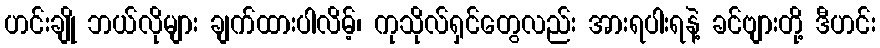
ဟင်းချို ဘယ်လိုများ ချက်ထားပါလိမ့်၊ ကုသိုလ်ရှင်တွေလည်း အားရပါးရနဲ့ ခင်ဗျားတို့ ဒီဟင်း